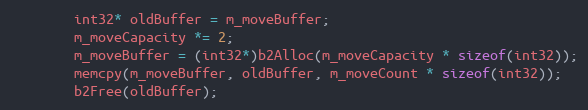
Language: C++
		int32* oldBuffer = m_moveBuffer;
		m_moveCapacity *= 2;
		m_moveBuffer = (int32*)b2Alloc(m_moveCapacity * sizeof(int32));
		memcpy(m_moveBuffer, oldBuffer, m_moveCount * sizeof(int32));
		b2Free(oldBuffer);